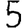
Digit: 5